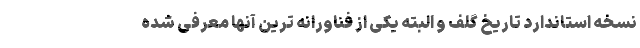
نسخه استاندارد تاریخ گلف و البته یکی از فناورانه ترین آنها معرفی شده